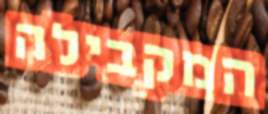
המקבילה